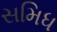
સમિધ